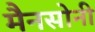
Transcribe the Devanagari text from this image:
मैनसोनी